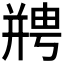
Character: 𫷘